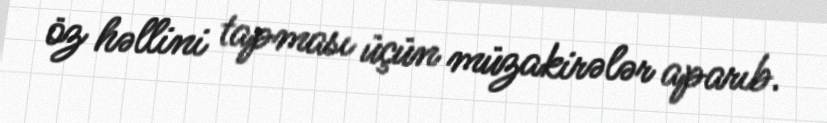
öz həllini tapması üçün müzakirələr aparıb.